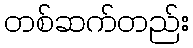
တစ်ဆက်တည်း